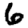
Digit: 6